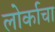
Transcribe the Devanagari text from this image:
लोर्काचा